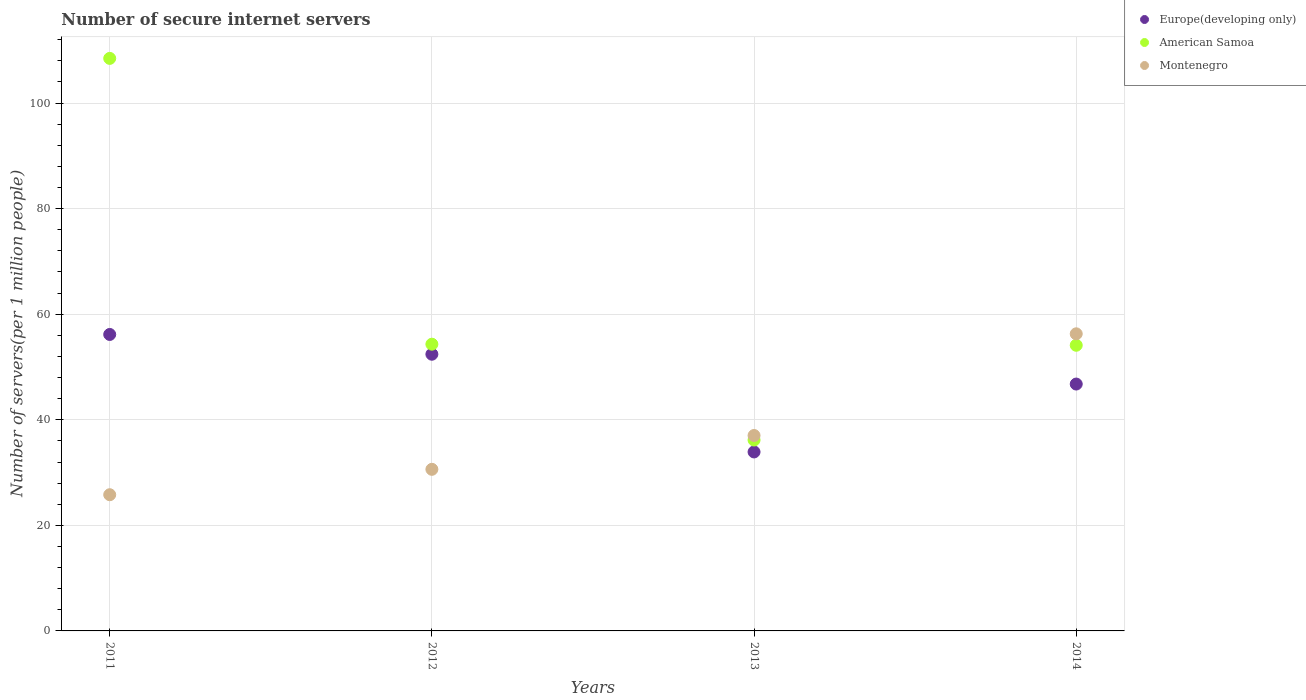
| Years | Europe(developing only) | American Samoa | Montenegro |
 | --- | --- | --- | --- |
 | 2011 | 56.2 | 108 | 25.8 |
 | 2012 | 52.4 | 54.3 | 30.6 |
 | 2013 | 33.9 | 36.2 | 37 |
 | 2014 | 46.8 | 54.1 | 56.3 |